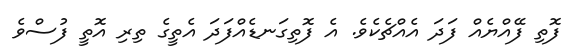
ފޮތި ފޭއްޔެއް ފަދަ އެއްޗެކެވެ. އެ ފޮތިގަނޑެއްފަދަ އެތީގެ ތިރި އޮތީ ފުސްވެ